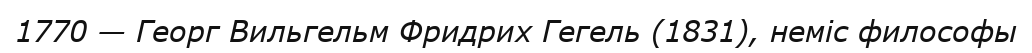
1770 — Георг Вильгельм Фридрих Гегель (1831), неміс философы